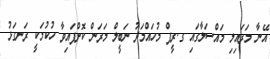
އޭނާ މަރައިލި މައްސަލާގައި ގ.ރީފް މުހައްމަދު ނަބީލް މަރަން ކޮށްފައިވާ ހުކުމަކީ ރަނގަޅު